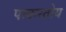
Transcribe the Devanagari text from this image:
पत्करतोय